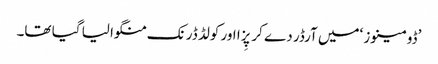
’ڈومینوز ‘میں آرڈر دے کر پِزا اور کولڈ ڈرنک منگوا لیا گیا تھا۔